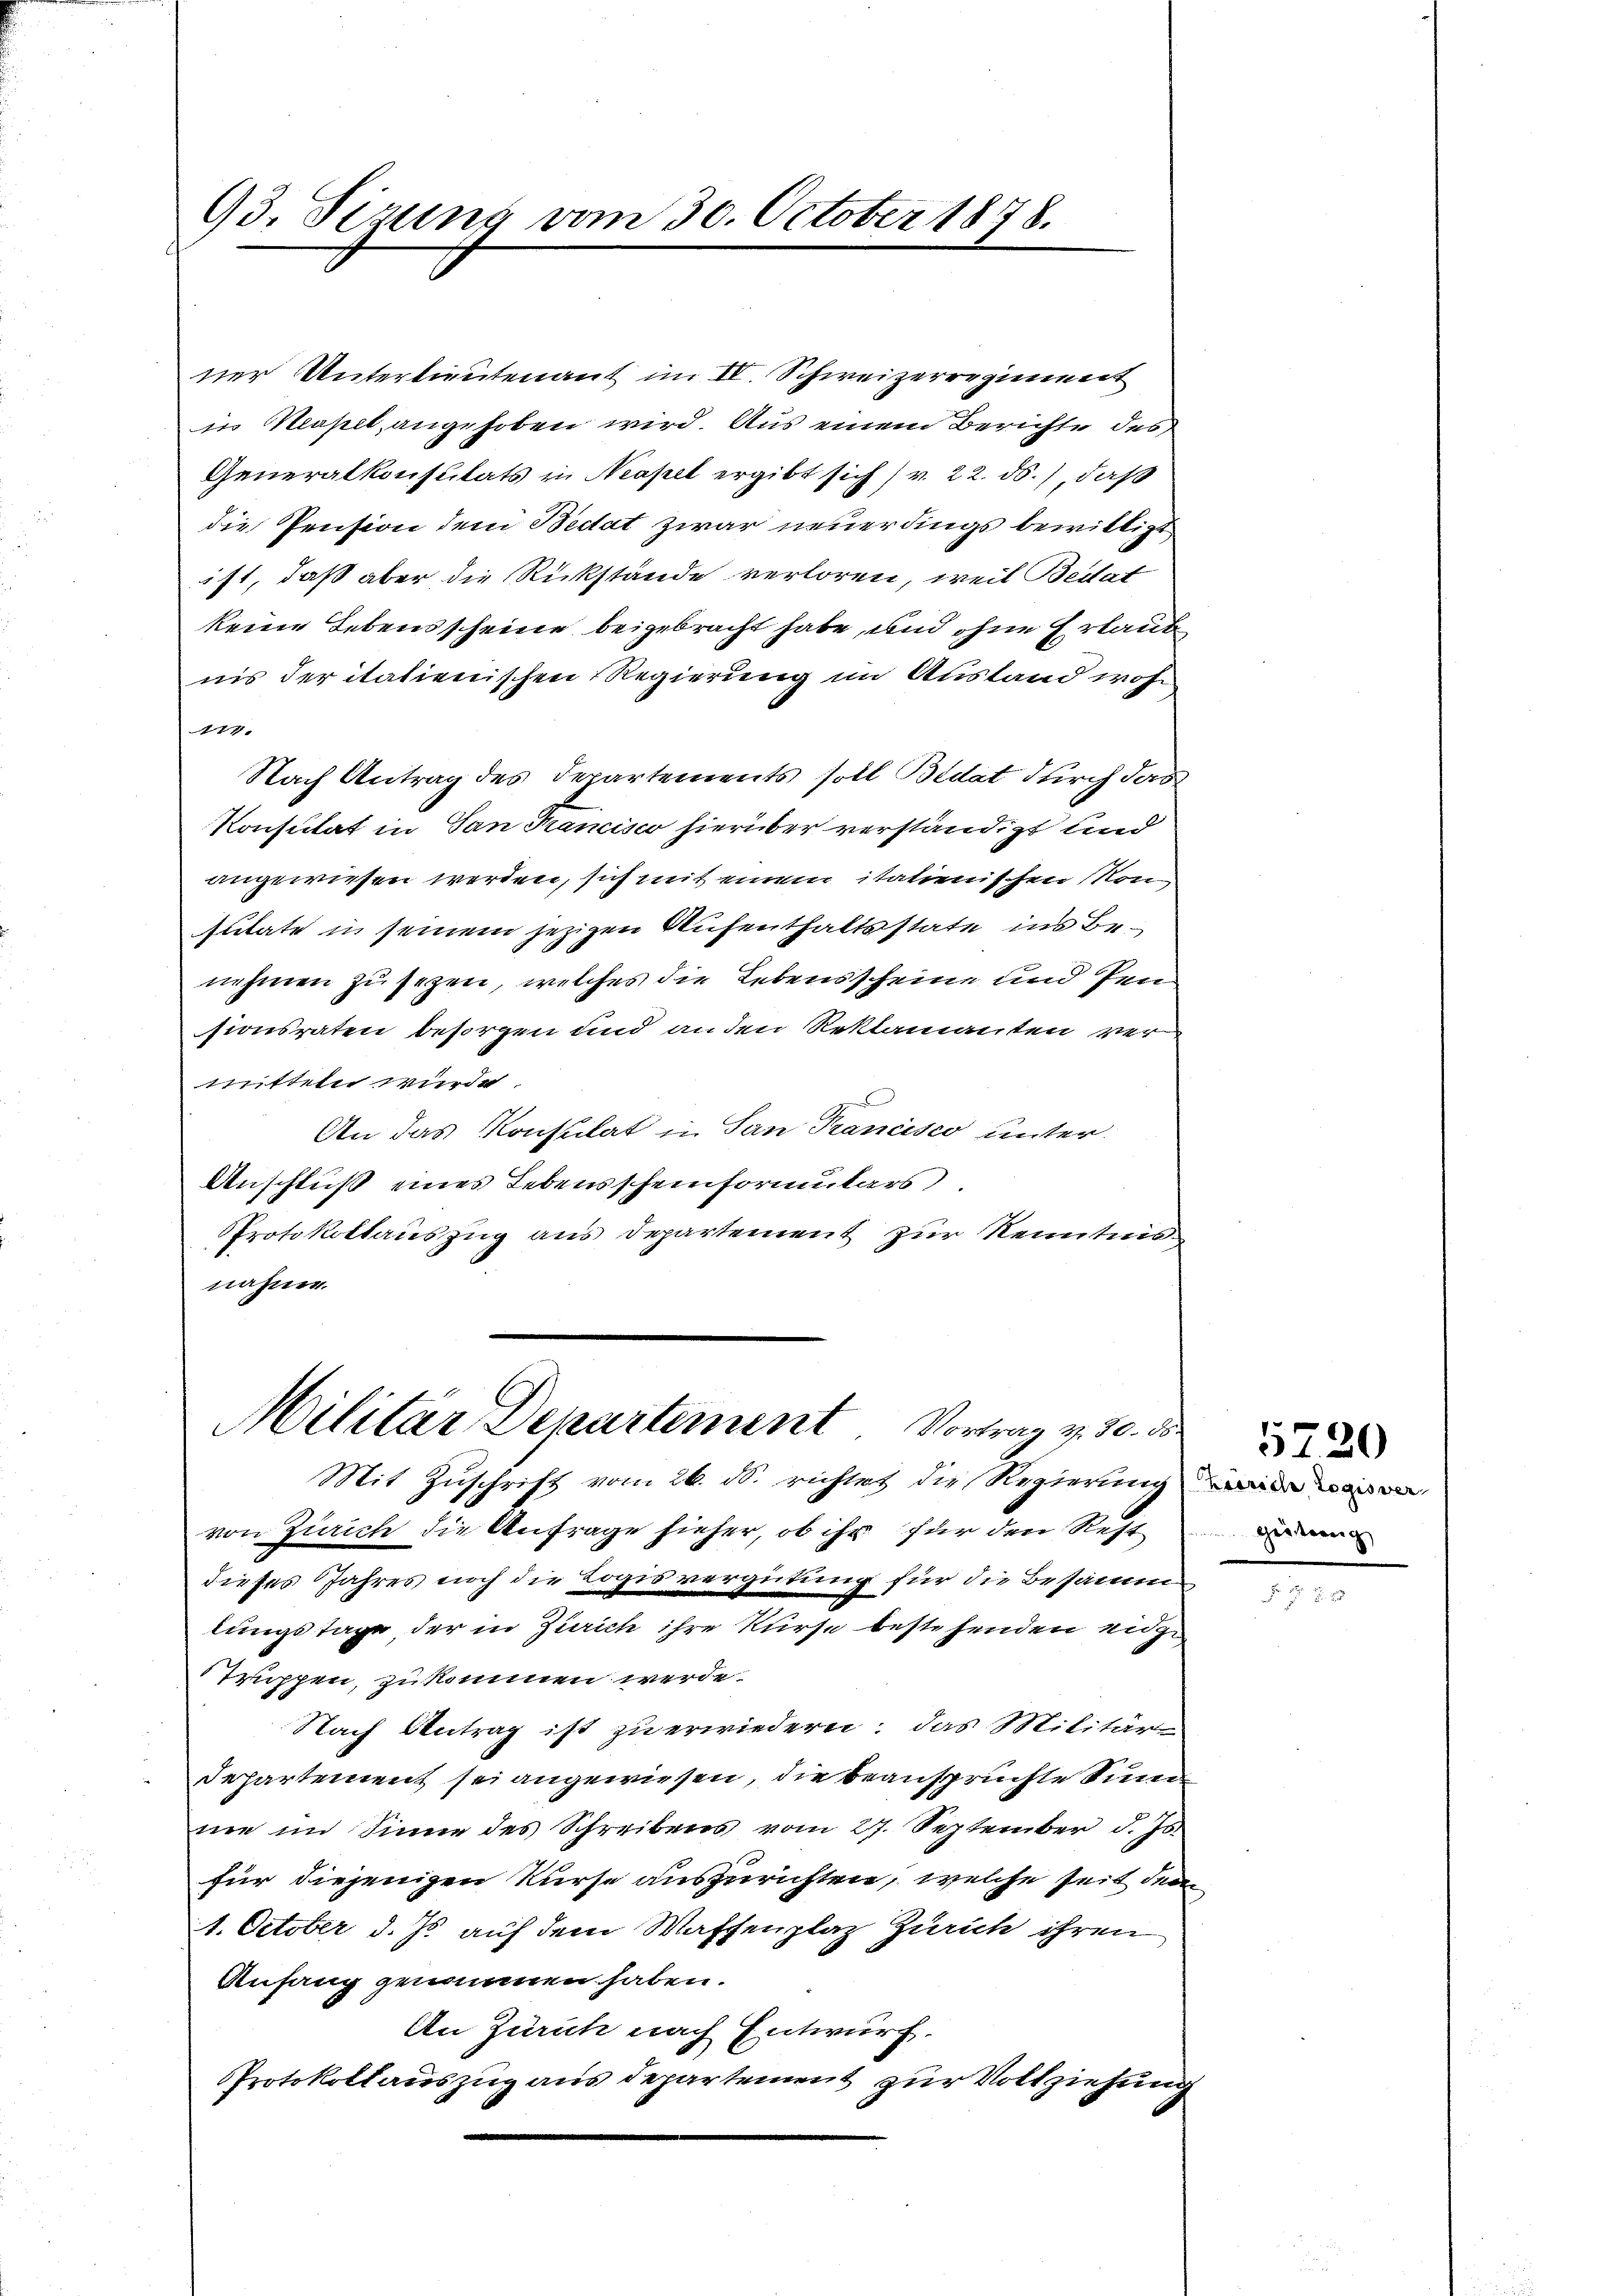
93. Sizung vom 30. October 1878.

ner Unterlieutenant im IV. Schweizerregiment
in Maselt angehoben wird. Aus einem Berichte des
Generalkonsulats in Neapel ergibt sich v. 22. ds., daß
die Pension dem Bedat zwar neuerdings bewilligt
ist, daß aber die Rückstände verloren, weil Berat
keine Lebensscheine beigebracht habe, und ohne Erlaub
nis der italienischen Regierung im Austand wohn
477.
Nach Antrag des Departements soll Bidat durch das
Konsulat in San Mancisco hierüber verständigt und
angewiesen worden, sich mit einem italienischen Konsutate in seinem jezigen Aufenthaltsstate ins Benehmen zu sezen, welches die Lebensscheine und Pen
sionsraten besorgen und anden Reklamanten vermitteln würde.
An das Konsulat in San Pancisco unter
Anschluß eines Lebensscheinformulars
Protokollauszug aus Departement zur Kenntnis
nähme.

Militar Departement Vortrag v. 30. ds.

Mit Zuschrift vom 26. d. richtet die Regierung in wenn
von Zürich die Anfrage sieher, ob ihr für den Rest dan
dieses Jahres noch die Logis vergütung für die Besamm
lungstage der in Zürich ihre Kurse bestehenden eidge
Truppen, zu kommen werde.
Nach Antrag ist zu erwiedern: das Militär
departement sei angewiesen, die beansprüchte Sum
ne im Sinne des Schreibens vom 27. September d. Js.
für diejenigen Kurse auszurichten, welche seit dem
1. October d. Js. auf dem Waffenplaz Zürich ihren
Anfang genommen haben.
An Zürich nach Entwurf.
PProtokollauszug aus departement zur Vollziehung

1220